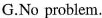
G.No problem.